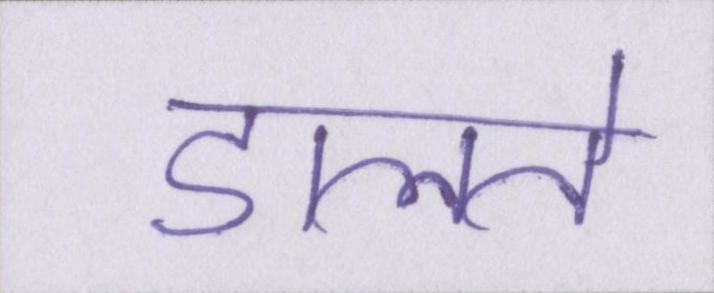
डालते